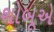
શોબૂએ